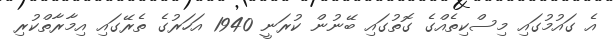
އެ ގައުމުގައި މިސްކިތެއްގެ ގޮތުގައި ބޭނުން ކުރަނީ 1940 އަހަރުގެ ތެރޭގައި އިމާރާތްކުރި